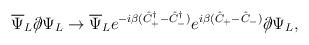
LaTeX: \begin{align*}\overline{\Psi}_L \partial\!\!\!/ \Psi_L \to \overline{\Psi}_Le^{-i\beta(\hat{C}_+^{\dagger} - \hat{C}_-^{\dagger})}e^{i\beta(\hat{C}_+ - \hat{C}_-)} \partial\!\!\!/\Psi_L,\end{align*}